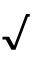
\surd